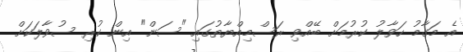
އެ މަގާމު ހަވާލު ކުރުމަށް ބޭއްވި ރަސްމިއްޔާތުގައި "ސަން" އިން ކުރި ސުވާލަކަށް